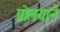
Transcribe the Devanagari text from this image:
प्रोलयाने